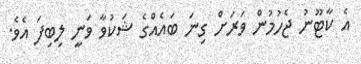
އެ ކާޓޫނު ޖެހުމުން ވަރަށް ގިނަ ބައެއްގެ ޝަކުވާ ވަނީ ލިބިފަ އެވެ.